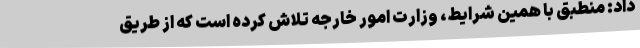
داد: منطبق با همین شرایط، وزارت امور خارجه تلاش کرده است که از طریق